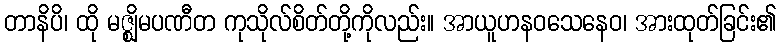
တာနိပိ၊ ထို မဇ္ဈိမပဏီတ ကုသိုလ်စိတ်တို့ကိုလည်း။ အာယူဟနဝသေနေဝ၊ အားထုတ်ခြင်း၏